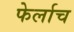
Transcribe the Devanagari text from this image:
फेर्लाच